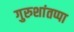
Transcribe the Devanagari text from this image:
गुरुशांतप्पा